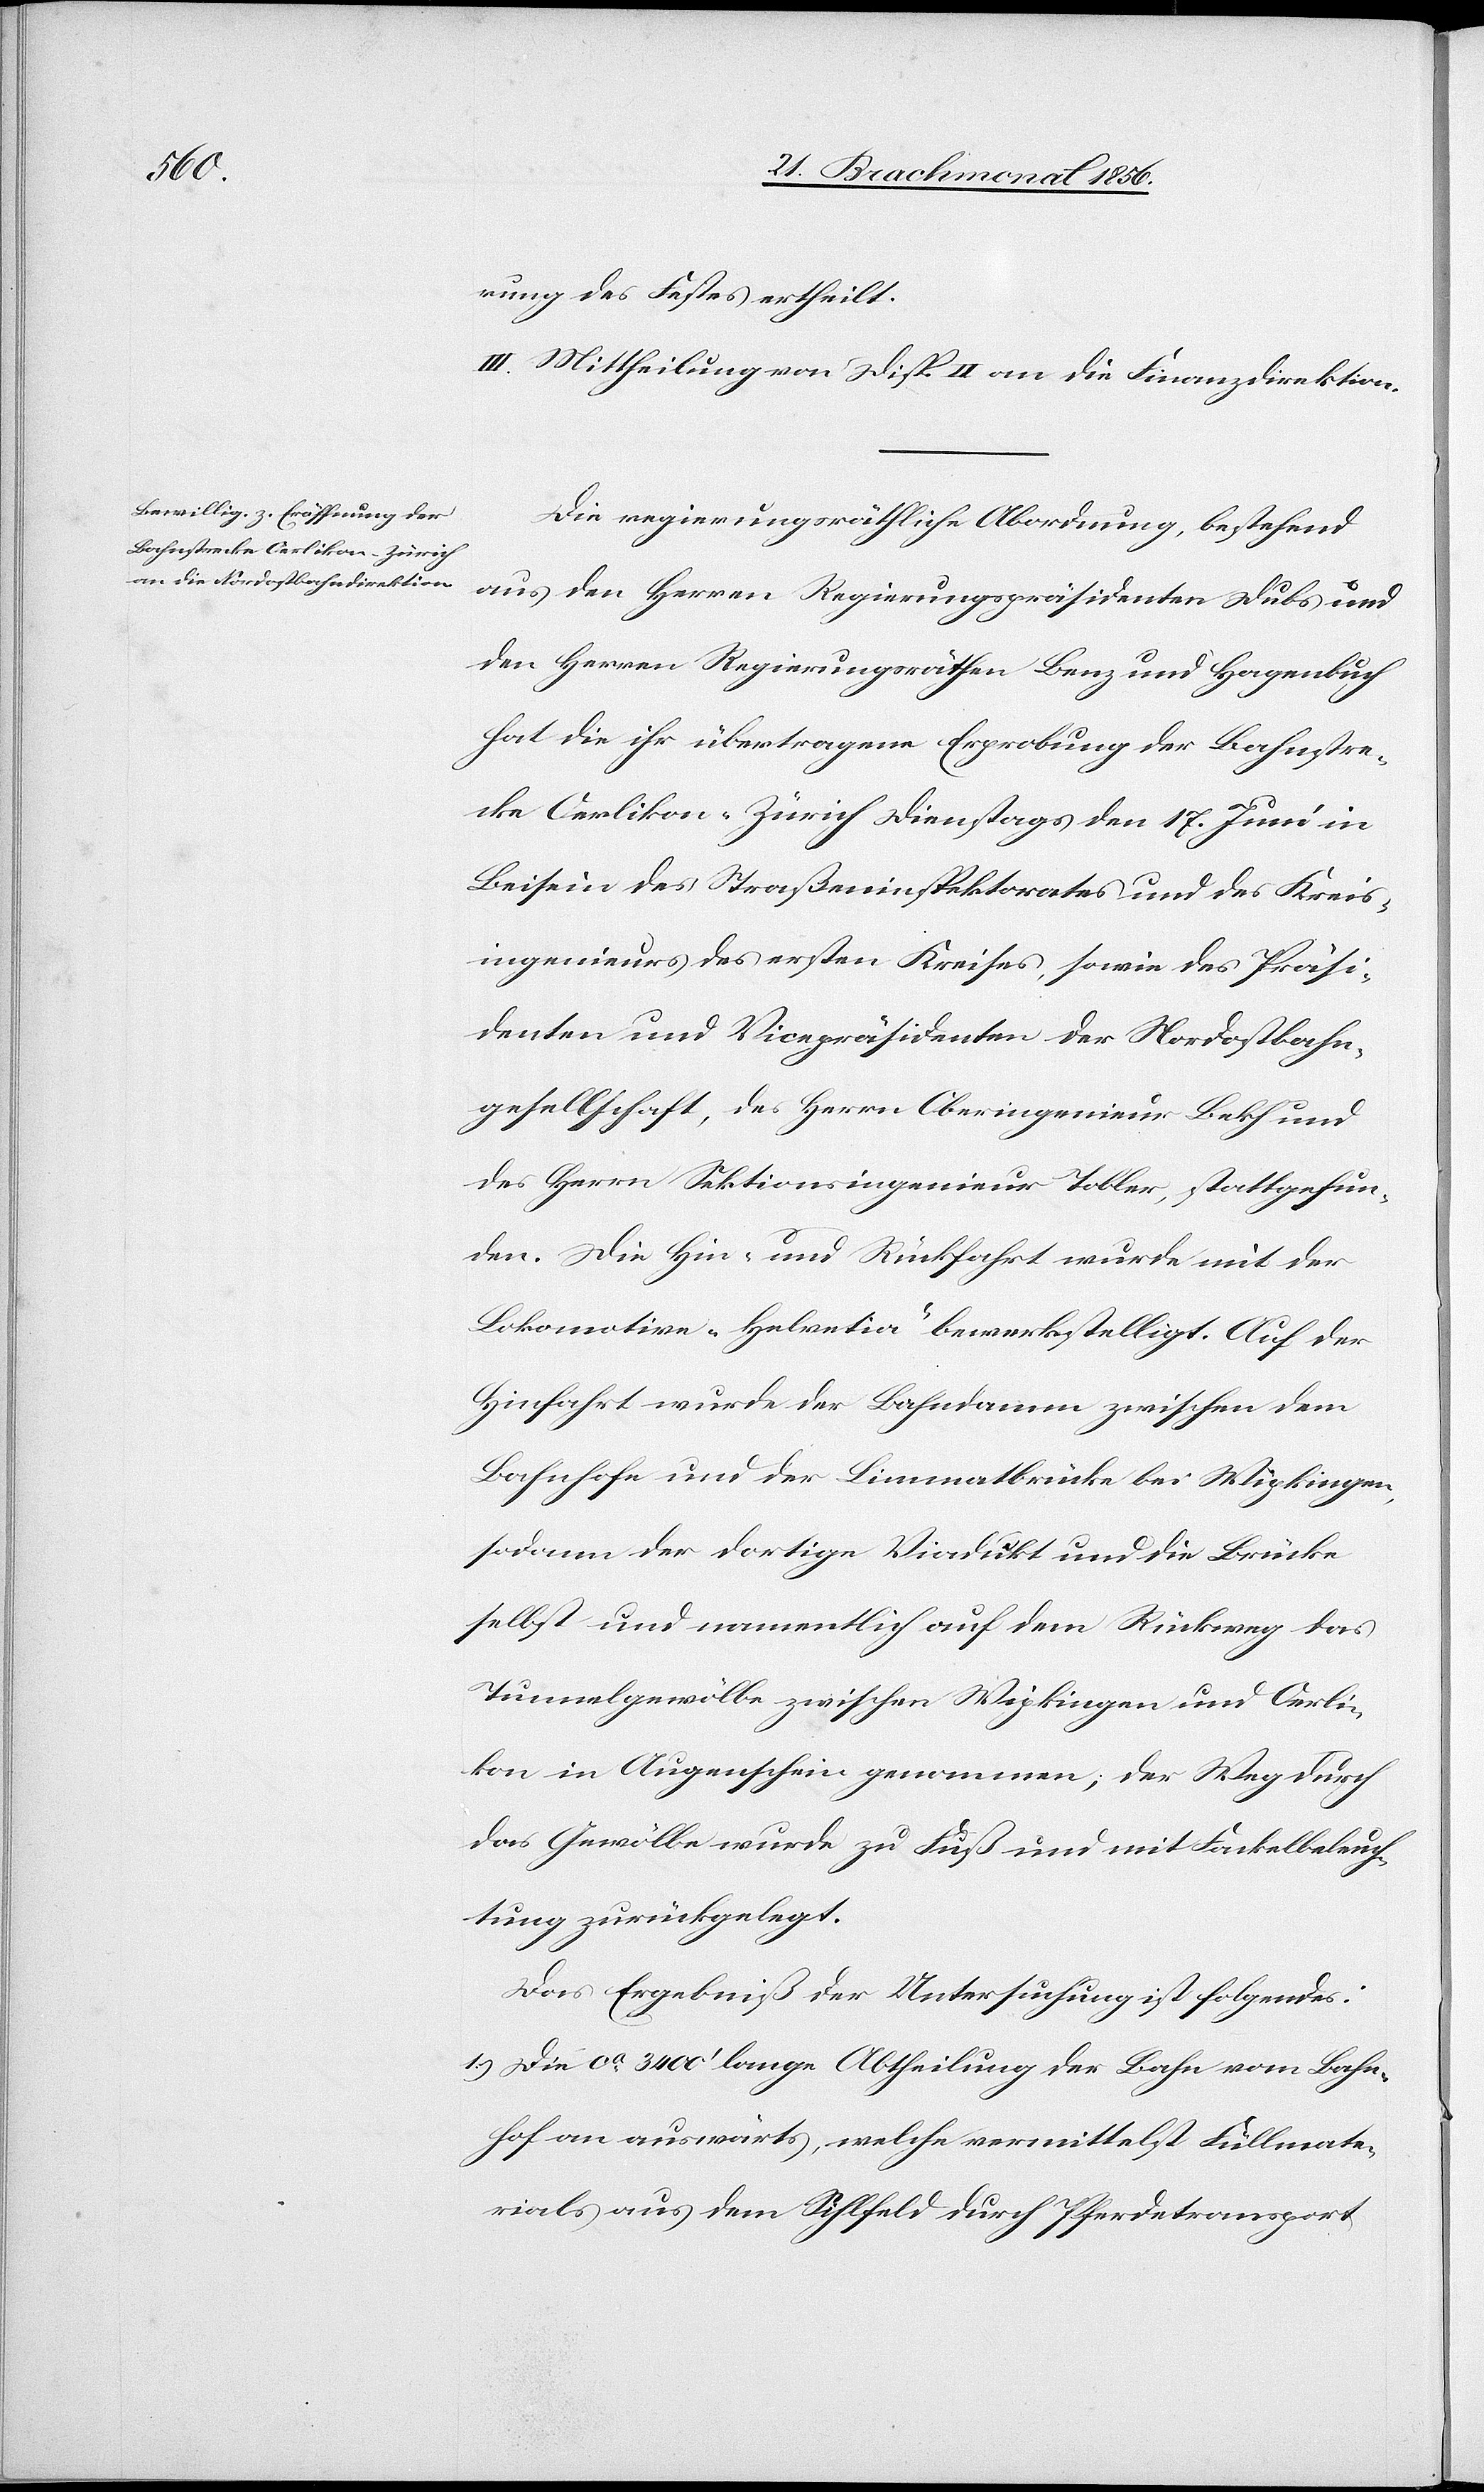
rung des Festes ertheilt.
III. Mittheilung von Disp. II an die Finanzdirektion.
Die regierungsräthliche Abordnung, bestehend
aus den Herren Regierungspräsidenten Dubs und
den Herren Regierungsräthen Benz und Hagenbuch
hat die ihr übertragene Erprobung der Bahnstre¬
cke Oerlikon-Zürich Dienstags den 17. Juni in
Beisein des Straßeninspektorates und des Kreis¬
ingenieurs des ersten Kreises, sowie des Präsi¬
denten und Vicepräsidenten der Nordostbahn¬
gesellschaft, des Herrn Oberingenieur Bekh und
des Herrn Sektionsingenieur Tobler, stattgefun¬
den. Die Hin- und Rückfahrt wurde mit der
Lokomotive „Helvetia" bewerkstelligt. Auf der
Hinfahrt wurde der Bahndamm zwischen dem
Bahnhofe und der Limmatbrücke bei Wipkingen,
sodann der dortige Viadukt und die Brücke
selbst und namentlich auf dem Rückweg das
Tunnelgewölbe zwischen Wipkingen und Oerli¬
kon in Augenschein genommen; der Weg durch
das Gewölbe wurde zu Fuß und mit Fackelbeleuch¬
tung zurückgelegt.
Das Ergebniß der Untersuchung ist folgendes:
1.) Die ca 3400' lange Abtheilung der Bahn vom Bahn¬
hof an auswärts, welche vermittelst Füllmate¬
rials aus dem Sihlfeld durch Pferdetransport